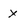
Character: X